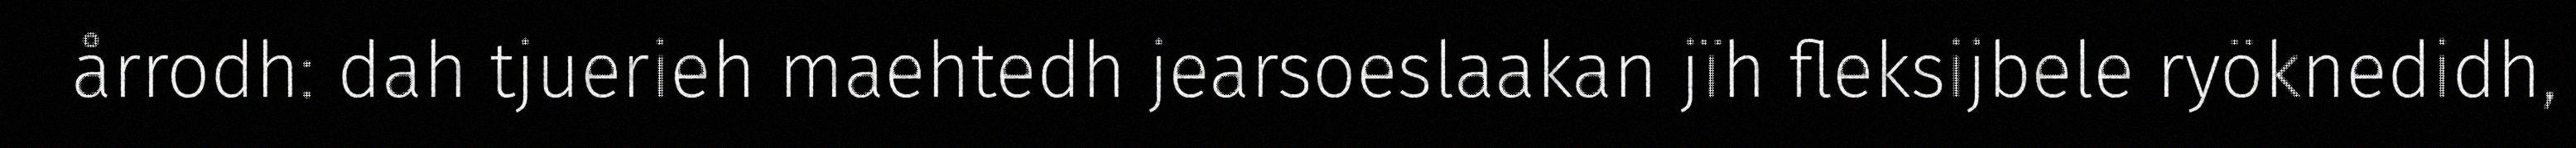
årrodh: dah tjuerieh maehtedh jearsoeslaakan jïh fleksijbele ryöknedidh,